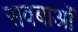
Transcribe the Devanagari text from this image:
सवबाओं